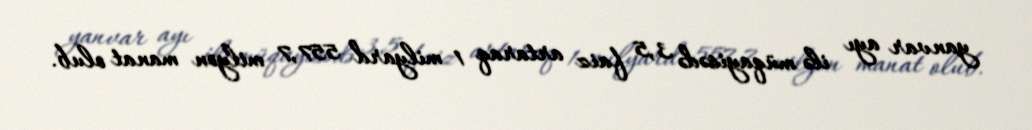
yanvar ayı ilə müqayisədə 3,5 faiz artaraq 1 milyard 557,7 milyon manat olub.